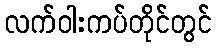
လက်ဝါးကပ်တိုင်တွင်